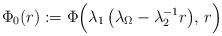
LaTeX: \begin{align*}\Phi_0(r):= \Phi\Big( \lambda_1\,\big(\lambda_\Omega-\lambda_{2}^{-1}r\big),\,r\Big)\end{align*}